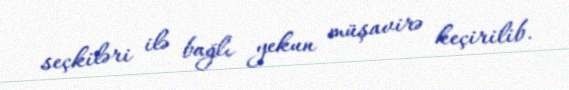
seçkiləri ilə bağlı yekun müşavirə keçirilib.